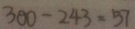
3 0 0 - 2 4 3 = 5 7